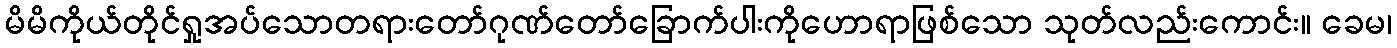
မိမိကိုယ်တိုင်ရှုအပ်သောတရားတော်ဂုဏ်တော်ခြောက်ပါးကိုဟောရာဖြစ်သော သုတ်လည်းကောင်း။ ခေမ၊